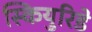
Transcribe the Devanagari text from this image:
स्कियुरिडे